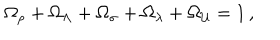
LaTeX: \Omega _ { \rho } + \Omega _ { \Lambda } + \Omega _ { \sigma } + \Omega _ { \lambda } + \Omega _ { \cal U } = 1 \, ,